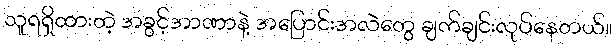
သူရရှိထားတဲ့ အခွင့်အာဏာနဲ့ အပြောင်းအလဲတွေ ချက်ချင်းလုပ်နေတယ်။